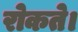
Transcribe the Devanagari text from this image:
रोकते।